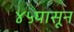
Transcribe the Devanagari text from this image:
४५पासून